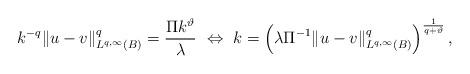
LaTeX: \begin{align*}k^{-q} \|u-v\|_{L^{q,\infty}(B)}^q = \frac{\Pi k^{\vartheta}}{\lambda} \ \Leftrightarrow \ k = \left(\lambda \Pi^{-1} \|u-v\|_{L^{q,\infty}(B)}^q\right)^{\frac{1}{q+\vartheta}},\end{align*}